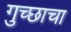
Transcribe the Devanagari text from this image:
गुच्छाचा